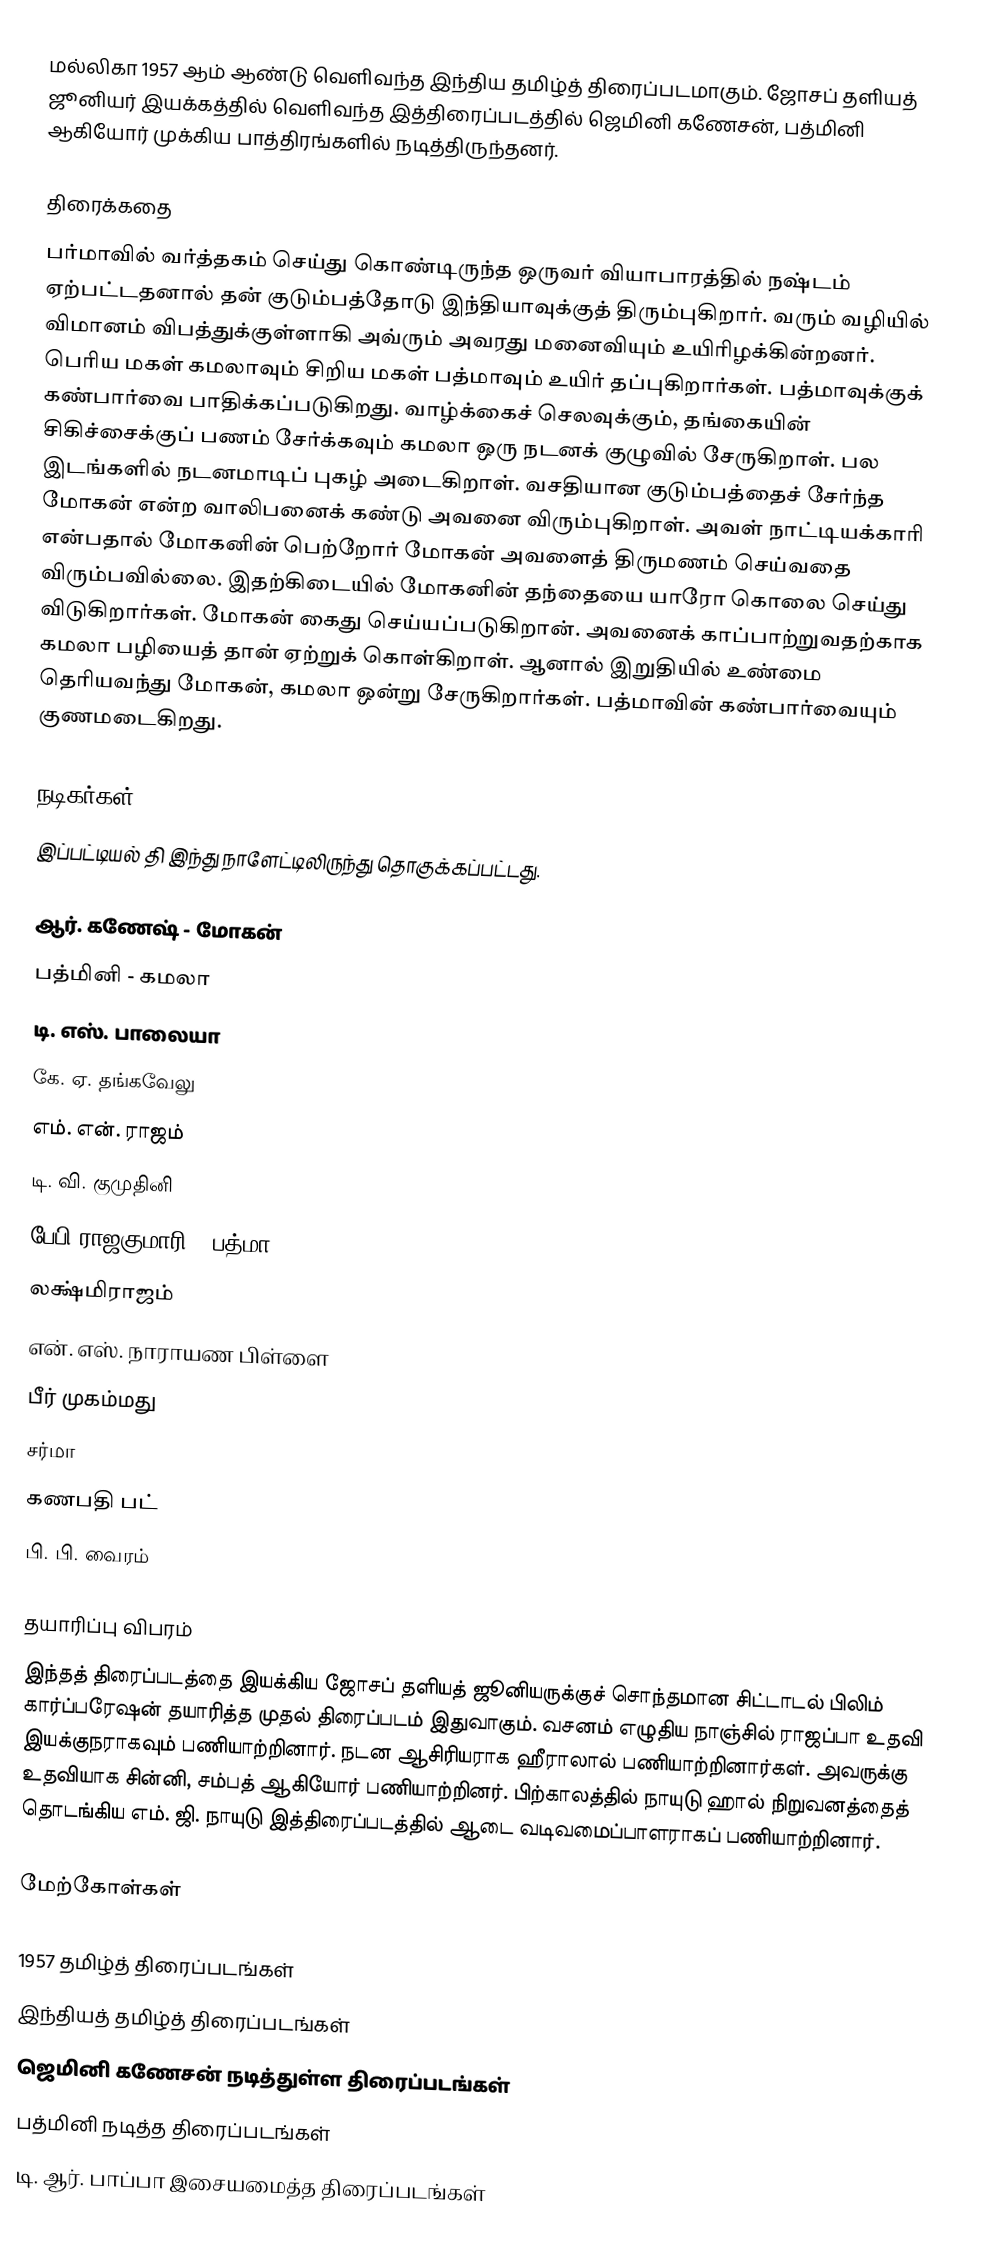
மல்லிகா  1957 ஆம் ஆண்டு வெளிவந்த இந்திய தமிழ்த் திரைப்படமாகும். ஜோசப் தளியத் ஜூனியர் இயக்கத்தில் வெளிவந்த இத்திரைப்படத்தில் ஜெமினி கணேசன், பத்மினி ஆகியோர் முக்கிய பாத்திரங்களில் நடித்திருந்தனர்.

திரைக்கதை
பர்மாவில் வர்த்தகம் செய்து கொண்டிருந்த ஒருவர் வியாபாரத்தில் நஷ்டம் ஏற்பட்டதனால் தன் குடும்பத்தோடு இந்தியாவுக்குத் திரும்புகிறார். வரும் வழியில் விமானம் விபத்துக்குள்ளாகி அவ்ரும் அவரது மனைவியும் உயிரிழக்கின்றனர். பெரிய மகள் கமலாவும் சிறிய மகள் பத்மாவும் உயிர் தப்புகிறார்கள். பத்மாவுக்குக் கண்பார்வை பாதிக்கப்படுகிறது. வாழ்க்கைச் செலவுக்கும், தங்கையின் சிகிச்சைக்குப் பணம் சேர்க்கவும் கமலா ஒரு நடனக் குழுவில் சேருகிறாள். பல இடங்களில் நடனமாடிப் புகழ் அடைகிறாள். வசதியான குடும்பத்தைச் சேர்ந்த மோகன் என்ற வாலிபனைக் கண்டு அவனை விரும்புகிறாள். அவள் நாட்டியக்காரி என்பதால் மோகனின் பெற்றோர் மோகன் அவளைத் திருமணம் செய்வதை விரும்பவில்லை. இதற்கிடையில் மோகனின் தந்தையை யாரோ கொலை செய்து விடுகிறார்கள். மோகன் கைது செய்யப்படுகிறான். அவனைக் காப்பாற்றுவதற்காக கமலா பழியைத் தான் ஏற்றுக் கொள்கிறாள். ஆனால் இறுதியில் உண்மை தெரியவந்து மோகன், கமலா ஒன்று சேருகிறார்கள். பத்மாவின் கண்பார்வையும் குணமடைகிறது.

நடிகர்கள்
இப்பட்டியல் தி இந்து நாளேட்டிலிருந்து தொகுக்கப்பட்டது.

 ஆர். கணேஷ் - மோகன்
 பத்மினி - கமலா
 டி. எஸ். பாலையா
 கே. ஏ. தங்கவேலு
 எம். என். ராஜம்
 டி. வி. குமுதினி
 பேபி ராஜகுமாரி - பத்மா
 லக்ஷ்மிராஜம்
 என். எஸ். நாராயண பிள்ளை
 பீர் முகம்மது
 சர்மா
 கணபதி பட்
 பி. பி. வைரம்

தயாரிப்பு விபரம்
இந்தத் திரைப்படத்தை இயக்கிய ஜோசப் தளியத் ஜூனியருக்குச் சொந்தமான சிட்டாடல் பிலிம் கார்ப்பரேஷன் தயாரித்த முதல் திரைப்படம் இதுவாகும். வசனம் எழுதிய நாஞ்சில் ராஜப்பா உதவி இயக்குநராகவும் பணியாற்றினார். நடன ஆசிரியராக ஹீராலால் பணியாற்றினார்கள். அவருக்கு உதவியாக சின்னி, சம்பத் ஆகியோர் பணியாற்றினர். பிற்காலத்தில் நாயுடு ஹால் நிறுவனத்தைத் தொடங்கிய எம். ஜி. நாயுடு இத்திரைப்படத்தில் ஆடை வடிவமைப்பாளராகப் பணியாற்றினார்.

மேற்கோள்கள்

1957 தமிழ்த் திரைப்படங்கள்
இந்தியத் தமிழ்த் திரைப்படங்கள்
ஜெமினி கணேசன் நடித்துள்ள திரைப்படங்கள்
பத்மினி நடித்த திரைப்படங்கள்
டி. ஆர். பாப்பா இசையமைத்த திரைப்படங்கள்